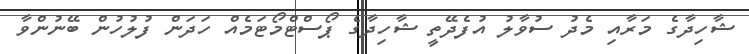
ޝާހިދާގެ މަރާއި މެދު ސުވާލު އުފެދޭތީ ޝާހިދާގެ ޕޯސްޓްމޯޓަމެއް ހަދަން ފުލުހުން ބޭނުންވާ